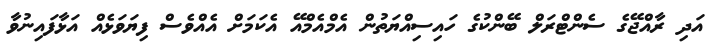
އަދި ރާއްޖޭގެ ސެންޓްރަލް ބޭންކުގެ ހައިސިއްޔަތުން އެމްއެމްއޭ އެކަމަށް އެއްވެސް ފިޔަވަޅެއް އަޅާފައިނުވާ